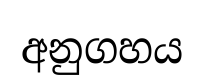
අනුගහය